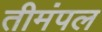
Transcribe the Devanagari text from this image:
तीमंपल